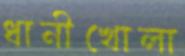
ধানীখোলা